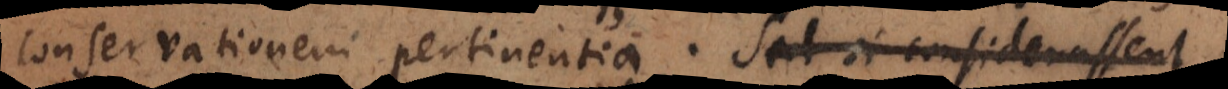
conservationem pertinentia. Sed si considerassent